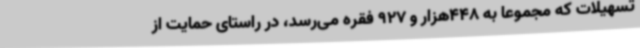
تسهیلات که مجموعا بهً 448هزار و 927 فقره می‌رسد، در راستای حمایت از